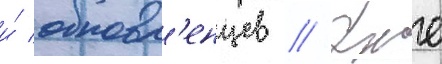
и́ обновл'енцев // Уже